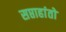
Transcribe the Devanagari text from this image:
सप्ताहांतो